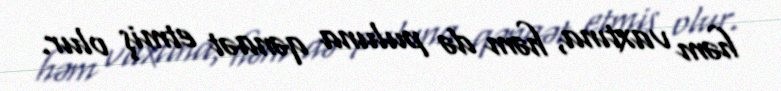
həm vaxtına, həm də puluna qənaət etmiş olur.